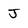
Character: J